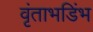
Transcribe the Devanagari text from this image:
वृंताभडिंभ